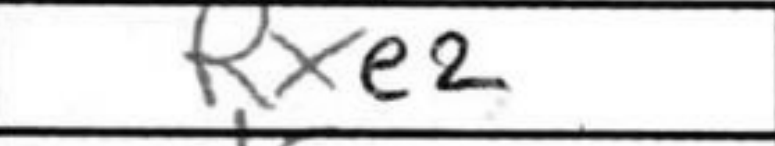
Transcription: Rxe2